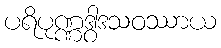
ပရိပုဏ္ဏဒွါဒသဝဿာယ